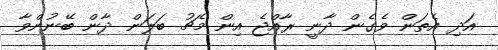
އަދި އެތަން ވެގެން ދާނީ ރާއްޖެ އިން މެޗު ބަލަން ދާން ބޭނުންވާ